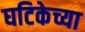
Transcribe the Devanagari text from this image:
घटिकेच्या